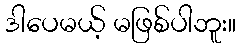
ဒါပေမယ့် မဖြစ်ပါဘူး။